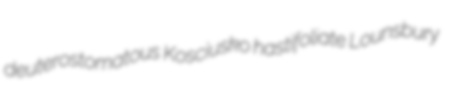
deuterostomatous Kosciusko hastifoliate Lounsbury